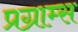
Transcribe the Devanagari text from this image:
प्रग्राम्स